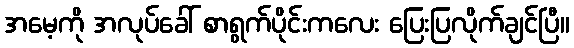
အမေ့ကို အလုပ်ခေါ် စာရွက်ပိုင်းကလေး ပြေးပြလိုက်ချင်ပြီ။